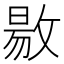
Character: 敭